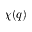
\chi ( q )